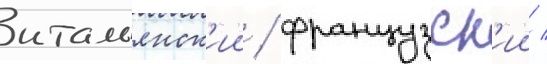
итальянск'ии / французск'ии /